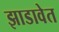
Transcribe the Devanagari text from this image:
झाडावेत